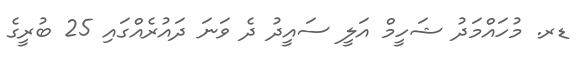
ޑރ. މުހައްމަދު ޝަހީމް އަލީ ސައީދު ދެ ވަނަ ދައުރެއްގައި 25 ބުރީގެ